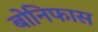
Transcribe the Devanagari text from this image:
बोनिफास